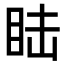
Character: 𥅅